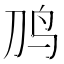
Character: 𱉈